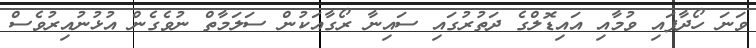
ވަނަ ހޯދާފައި ވުމާއި އައިޑޮލްގެ ދަތުރުގައި ސައިނާ ރޯގާއަކުން ސަލަމާތް ނުވެގެން އުޅުނުއިރުވެސް